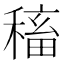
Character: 稸